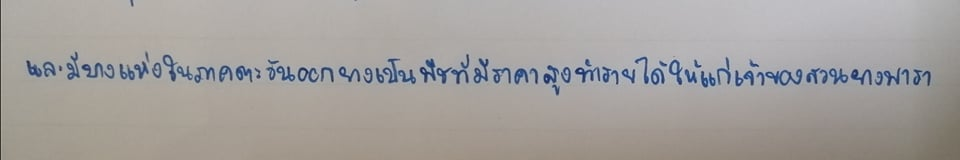
และมีบางแห่งในภาคตะวันออกยางเป็นพืชที่มีราคาสูงทำรายได้ให้แก่เจ้าของสวนยางพารา